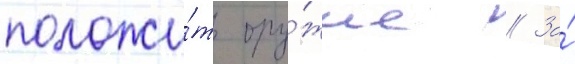
положи́ть ору́жие // За́